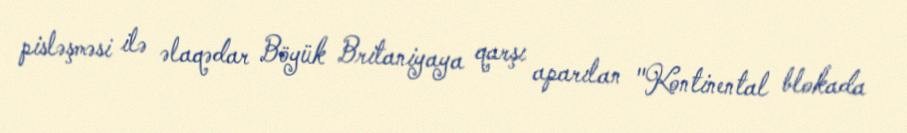
pisləşməsi ilə əlaqədar Böyük Britaniyaya qarşı aparılan "Kontinental blokada